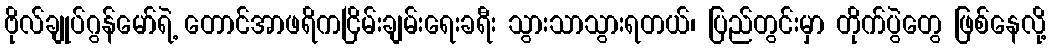
ဗိုလ်ချုပ်ဂွန်မော်ရဲ့ တောင်အာဖရိကငြိမ်းချမ်းရေးခရီး သွားသာသွားရတယ်၊ ပြည်တွင်းမှာ တိုက်ပွဲတွေ ဖြစ်နေလို့